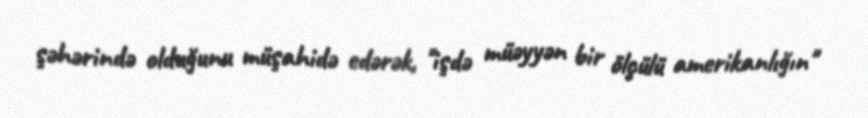
şəhərində olduğunu müşahidə edərək, "işdə müəyyən bir ölçülü amerikanlığın"